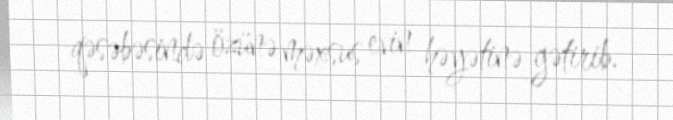
qəsəbəsində özünə məxsus evin həyətinə gətirib.